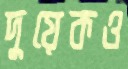
দুয়েকও